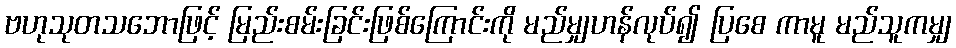
ဗဟုသုတသဘောဖြင့် မြည်းစမ်းခြင်းဖြစ်ကြောင်းကို မည်မျှဟန်လုပ်၍ ပြစေ ကာမူ မည်သူကမျှ